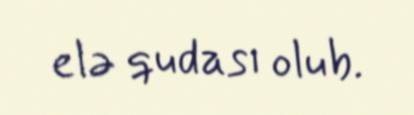
elə qudası olub.